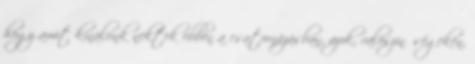
hogy amit kínálunk nektek ebben a csatornázásban, azok, valószínűségeken,